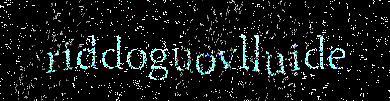
riddoguovlluide